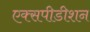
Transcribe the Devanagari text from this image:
एक्सपीडीशन